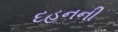
દહનની